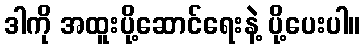
ဒါကို အထူးပို့ဆောင်ရေးနဲ့ ပို့ပေးပါ။